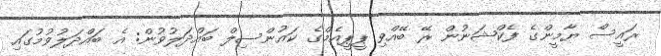
ރައީސް ޔާމީންގެ ފެކްޝަނުން ރޭ ބޭއްވި ޕީޕީއެމްގެ ކައުންސިލް ބައްދަލުވުން: އެ ބައްދަލުވުމުގައި